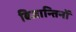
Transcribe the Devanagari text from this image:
बिजान्तिनों